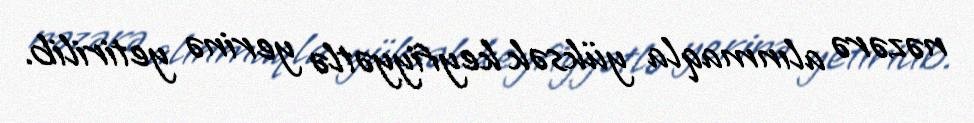
nəzərə alınmaqla yüksək keyfiyyətlə yerinə yetirilib.